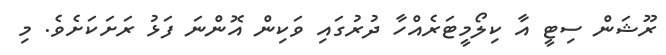
ރޫޝަން ސިޓީ އާ ކިލޯމީޓަރެއްހާ ދުރުގައި ވަކިން އޮންނަ ފަޅު ރަށަކަށެވެ. މި